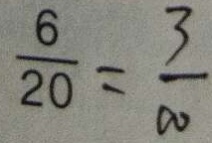
\frac { 6 } { 2 0 } = \frac { 3 } { 1 0 }